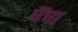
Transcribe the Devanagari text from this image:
घैंघा